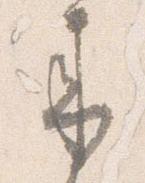
来